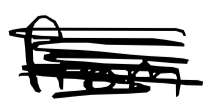
Text: from
Cross-out: scratch
Writing tool: digital_black